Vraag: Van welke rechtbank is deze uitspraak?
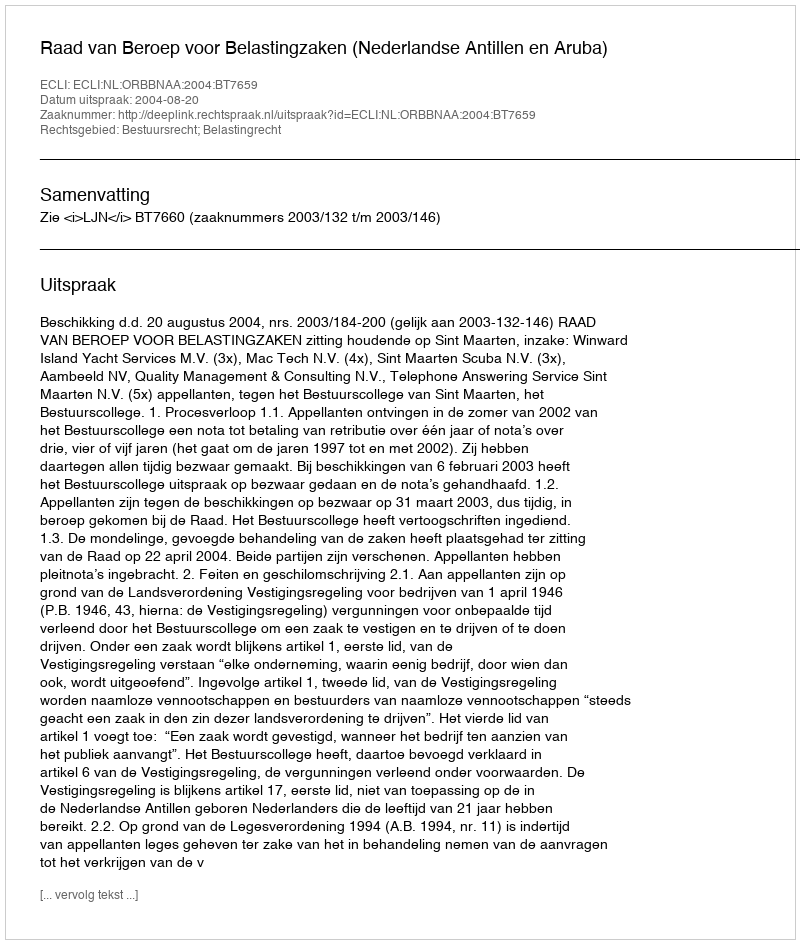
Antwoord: Raad van Beroep voor Belastingzaken (Nederlandse Antillen en Aruba)